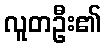
လူတဦး၏